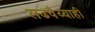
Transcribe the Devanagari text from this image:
लढवैय्याही